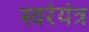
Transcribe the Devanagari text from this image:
स्वरंयंत्र